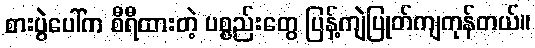
စားပွဲပေါ်က စီရီထားတဲ့ ပစ္စည်းတွေ ပြန့်ကျဲပြုတ်ကျကုန်တယ်။